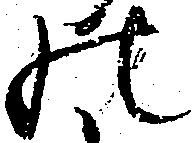
の